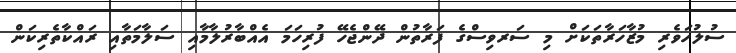
ސުލުހަވެރި މުޒާހަރާތަކަށް މި ސަރވިސްގެ ފަރާތުން ދޭންޖެހޭ ފުރިހަމަ އެއްބާރުލާމާއި ސަލާމަތާއި ރައްކާތެރިކަން